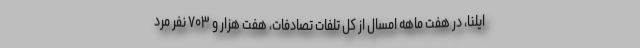
ایلنا، در هفت ماهه امسال از کل تلفات تصادفات، هفت هزار و ۷۰۳ نفر مرد